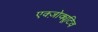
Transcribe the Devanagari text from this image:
एक्ज़ोक्यूटिव